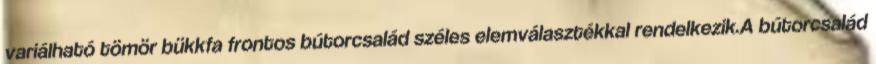
variálható tömör bükkfa frontos bútorcsalád széles elemválasztékkal rendelkezik.A bútorcsalád